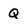
Character: Q